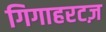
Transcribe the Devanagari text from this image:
गिगाहरटज़